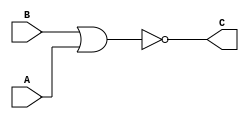
`timescale 1ns / 1ps
//////////////////////////////////////////////////////////////////////////////////
// description: behavior of norGATE
//////////////////////////////////////////////////////////////////////////////////


module NOR_GATE(
    input A,
    input B,
    output C
    );
    nor(C, B, A);
endmodule